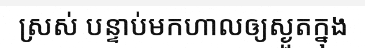
ស្រស់ បន្ទាប់មកហាលឲ្យស្ងួតក្នុង